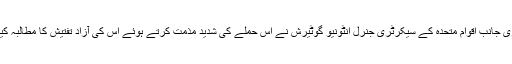
دوسری جانب اقوام متحدہ کے سیکرٹری جنرل انٹونیو گوٹیرش نے اس حملے کی شدید مذمت کرتے ہوئے اس کی آزاد تفتیش کا مطالبہ کیا ہے۔